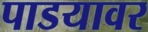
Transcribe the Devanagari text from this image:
पाडयावर